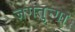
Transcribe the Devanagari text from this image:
जगतुन्गा